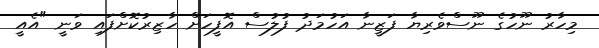
މިހާރު ނޫހުގެ ނޫސްވެރިޔާ ފަޒީނާ އަހުމަދު ފުލުސް އޮފީހަށް ހާޒިރުކޮށްފައި ވަނީ "އެއީ